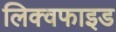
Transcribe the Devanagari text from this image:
लिक्वफाइड